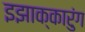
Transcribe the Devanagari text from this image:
इझाक्कारुंग